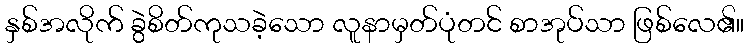
နှစ်အလိုက် ခွဲစိတ်ကုသခဲ့သော လူနာမှတ်ပုံတင် စာအုပ်သာ ဖြစ်လေ၏။